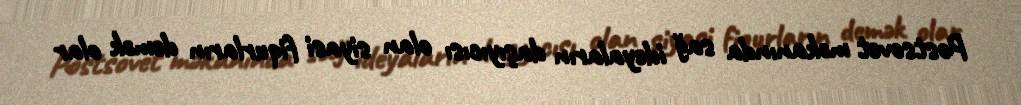
Postsovet məkanında sağ ideyaların daşıyıcısı olan siyasi fiqurların demək olar